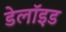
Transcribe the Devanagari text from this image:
डेलॉइड